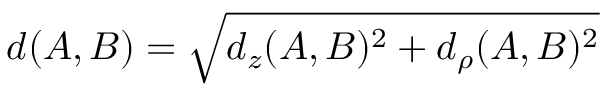
d ( A , B ) = \sqrt { d _ { z } ( A , B ) ^ { 2 } + d _ { \rho } ( A , B ) ^ { 2 } }